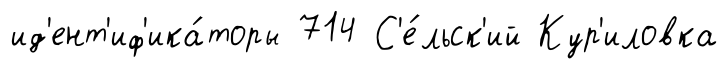
ид'ент'иф'ика́торы 714 С'е́льск'ий Кур'иловка